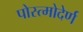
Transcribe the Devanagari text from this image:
पोस्त्मोदेर्ण